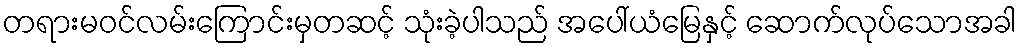
တရားမဝင်လမ်းကြောင်းမှတဆင့် သုံးခဲ့ပါသည် အပေါ်ယံမြေနှင့် ဆောက်လုပ်သောအခါ